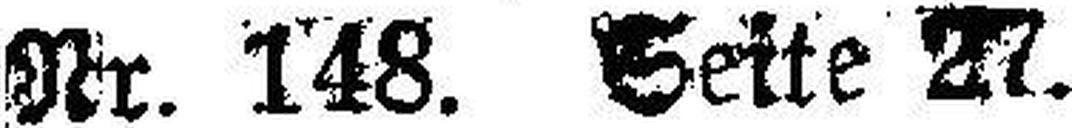
Nr. 148. Seite 27.